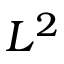
L ^ { 2 }